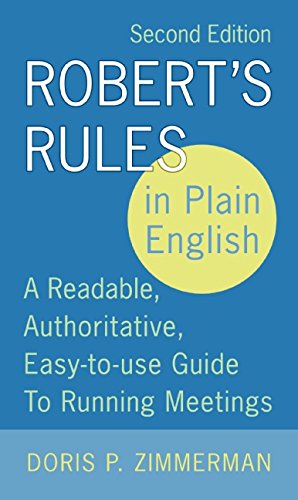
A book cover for Robert's Rules in Plain English: A Readable, Authoritative, Easy-to-Use Guide to Running Meetings, 2nd Edition; Doris P. Zimmerman; Christian Books & Bibles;